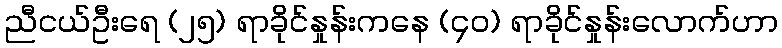
ညီငယ်ဦးရေ (၂၅) ရာခိုင်နှုန်းကနေ (၄၀) ရာခိုင်နှုန်းလောက်ဟာ